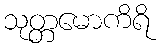
သုတ္တမောကိရိ